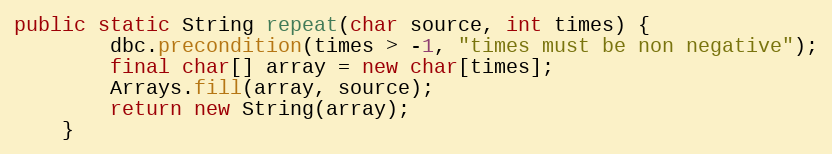
Language: Java
public static String repeat(char source, int times) {
        dbc.precondition(times > -1, "times must be non negative");
        final char[] array = new char[times];
        Arrays.fill(array, source);
        return new String(array);
    }